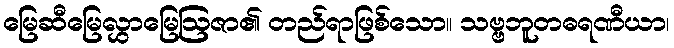
မြေဆီမြေလွှာမြေဩဇာ၏ တည်ရာဖြစ်သော။ သဗ္ဗဘူတဓရဏီယာ၊